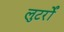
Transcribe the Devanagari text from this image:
लुटर्रों